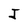
Character: J